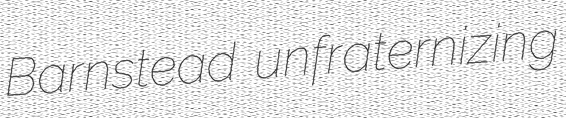
Barnstead unfraternizing